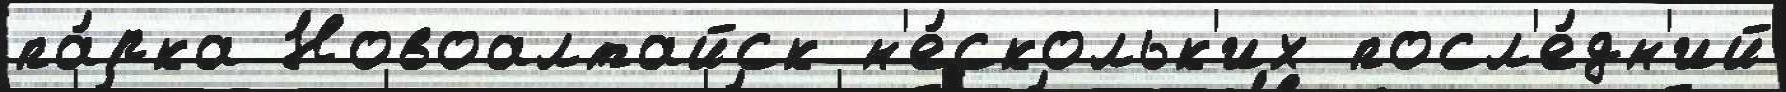
па́рка Новоалтайск н'е́скольк'их посл'е́дн'ий